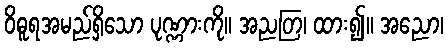
ဝိဓူရအမည်ရှိသော ပုဏ္ဏားကို။ အညတြ၊ ထား၍။ အညော၊